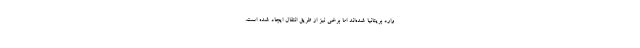
وارد بریتانیا شده‌اند اما برخی نیز از طریق انتقال ایجاد شده است.